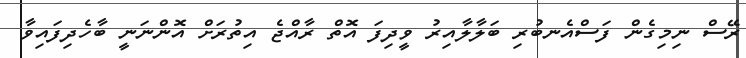
ރޭސް ނިމިގެން ފަސްއެނބުރި ބަލާލާއިރު ވީދިފަ އޮތް ރާއްޖެ އިތުރަށް އޮންނަނީ ބާހެދިފައިވާ